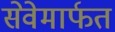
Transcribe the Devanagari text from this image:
सेवेमार्फत